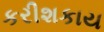
કરીશકાય